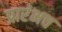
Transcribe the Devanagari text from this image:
प्रारंभच